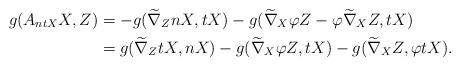
LaTeX: \begin{align*}g(A_{ntX}X,Z)&=-g(\widetilde\nabla_{Z}nX, tX)-g(\widetilde\nabla_{X}\varphi Z-\varphi\widetilde\nabla_{X} Z, tX) \\ &= g(\widetilde\nabla_{Z}tX, nX)-g(\widetilde\nabla_{X}\varphi Z, tX)-g(\widetilde\nabla_{X} Z, \varphi tX).\end{align*}